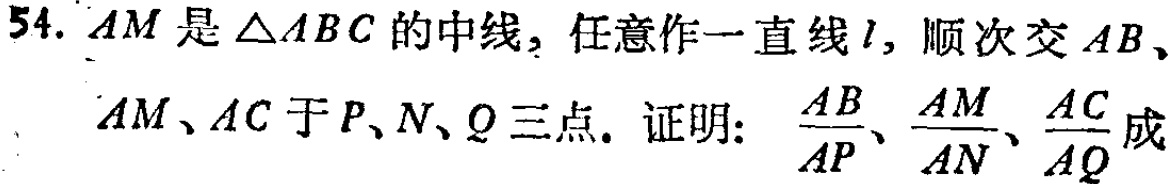
54. \(AM\)是\(\triangle ABC\)的中线，任意作一直线\(l\)，顺次交\(AB\)、\(AM\)、\(AC\)于\(P\)、\(N\)、\(Q\)三点。证明：\(\frac{AB}{AP}\)、\(\frac{AM}{AN}\)、\(\frac{AC}{AQ}\)成